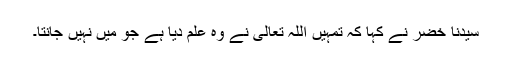
سیدنا خضرؑ نے کہا کہ تمہیں اللہ تعالیٰ نے وہ علم دیا ہے جو میں نہیں جانتا۔